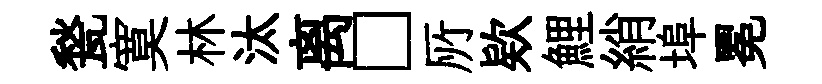
甃寞林汰离□𠩄欵鯉綃埠冕